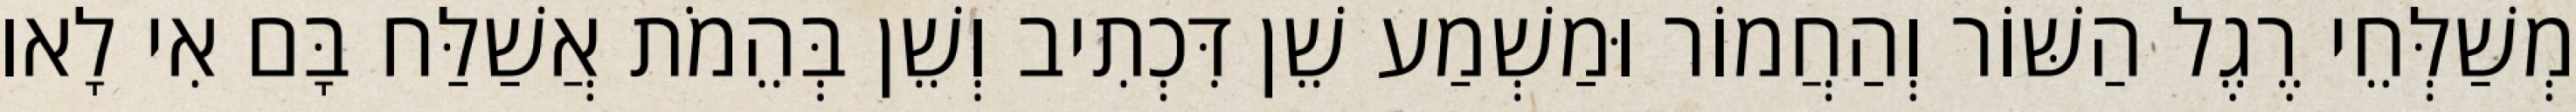
מְשַׁלְּחֵי רֶגֶל הַשּׁוֹר וְהַחֲמוֹר וּמַשְׁמַע שֵׁן דִּכְתִיב וְשֵׁן בְּהֵמֹת אֲשַׁלַּח בָּם אִי לָאו